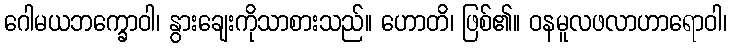
ဂေါမယဘက္ခောဝါ၊ နွားချေးကိုသာစားသည်။ ဟောတိ၊ ဖြစ်၏။ ဝနမူလဖလာဟာရောဝါ၊